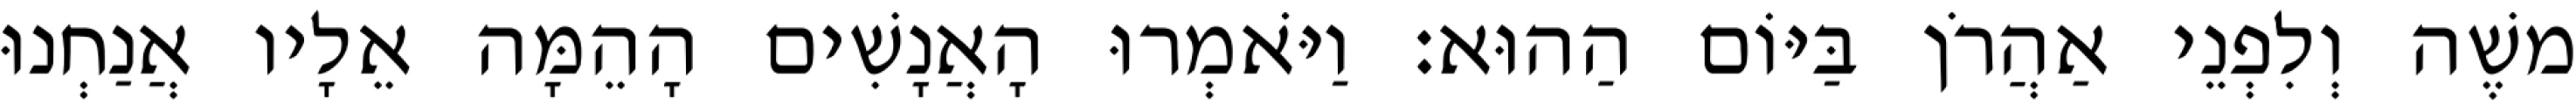
משֶׁה וְלִפְנֵי אַהֲרֹן בַּיּוֹם הַהוּא׃ וַיֹּאמְרוּ הָאֲנָשִׁים הָהֵמָּה אֵלָיו אֲנַחְנוּ